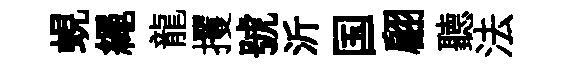
蜆繩龍攫號沂国翩聽法